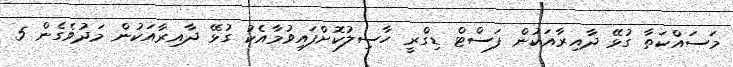
މަސައްކަތާ ގުޅޭ ދާއިރާއަކުން ފަސްޓް ޑިގްރީ ހާސިލުކޮށްފައިވުމާއެކު ގުޅޭ ދާއިރާއަކުން މަދުވެގެން 5